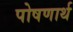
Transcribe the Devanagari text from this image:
पोषणार्थ